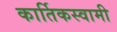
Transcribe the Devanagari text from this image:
कार्तिकस्‍वामी